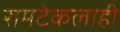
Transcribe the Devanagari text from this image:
रामटेकलाही